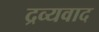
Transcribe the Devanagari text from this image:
द्रव्यवाद